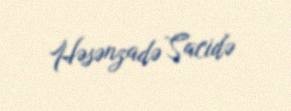
Həsənzadə Sacidə